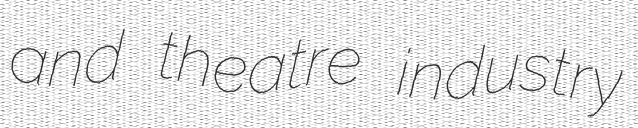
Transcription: and theatre industry